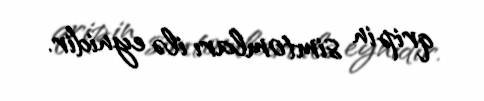
qripin simtomları ilə eynidir.